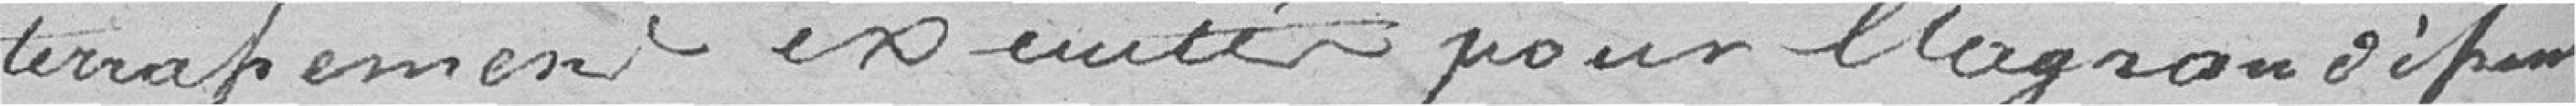
terrassement exécutés pour l'aggrandissement